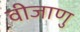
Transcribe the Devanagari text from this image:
वीजाणु